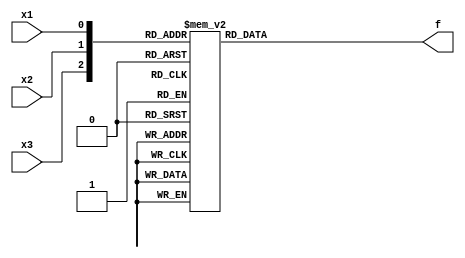
module top_module( 
    input x3,
    input x2,
    input x1,  // three inputs
    output f   // one output
);

always@(x1,x2,x3)begin
	case({x3,x2,x1})
		3'b000:f=1'b0;
		3'b001:f=1'b0;
		3'b010:f=1'b1;
		3'b011:f=1'b1;
		3'b100:f=1'b0;
		3'b101:f=1'b1;
		3'b110:f=1'b0;
		3'b111:f=1'b1;
	endcase 
end 
endmodule